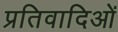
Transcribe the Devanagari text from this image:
प्रतिवादिओं